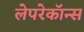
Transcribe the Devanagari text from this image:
लेपरेकॉन्स